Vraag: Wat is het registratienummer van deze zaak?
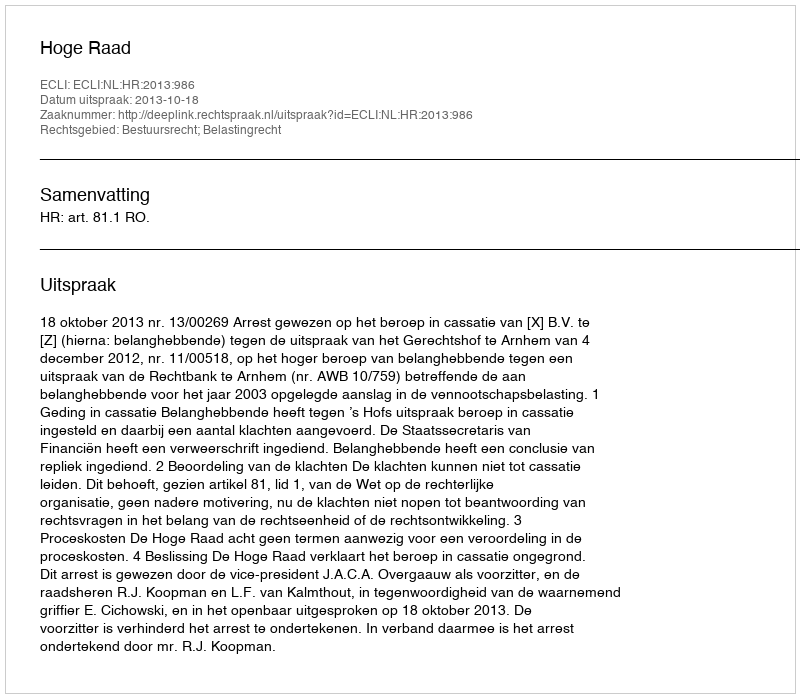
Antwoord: http://deeplink.rechtspraak.nl/uitspraak?id=ECLI:NL:HR:2013:986